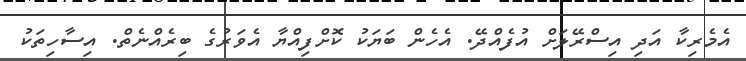
އެމެރިކާ އަދި އިސްރޭލަށް އުފެއްދޭ. އެހެން ބަޔަކު ކޮށްފިއްޔާ އެވަރުގެ ބިރެއްނެތް. އިސާހިތަކު